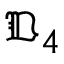
\mathfrak { D } _ { 4 }